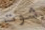
شوت